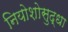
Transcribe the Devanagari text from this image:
नियोशोसुद्धा